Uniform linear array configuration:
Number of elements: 48
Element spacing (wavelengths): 0.25
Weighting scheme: uniform
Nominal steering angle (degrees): -60
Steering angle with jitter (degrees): -58.947
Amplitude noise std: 0.05
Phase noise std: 0.05

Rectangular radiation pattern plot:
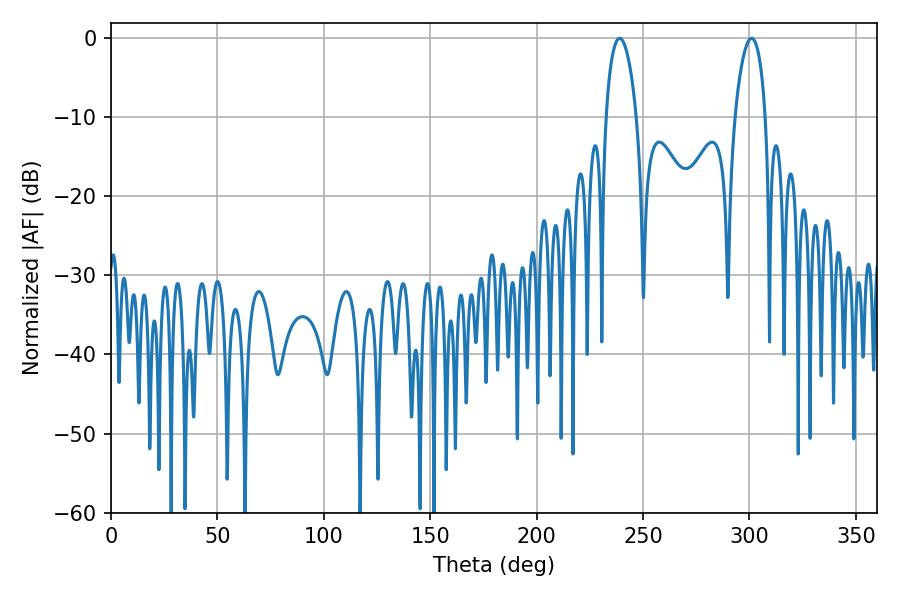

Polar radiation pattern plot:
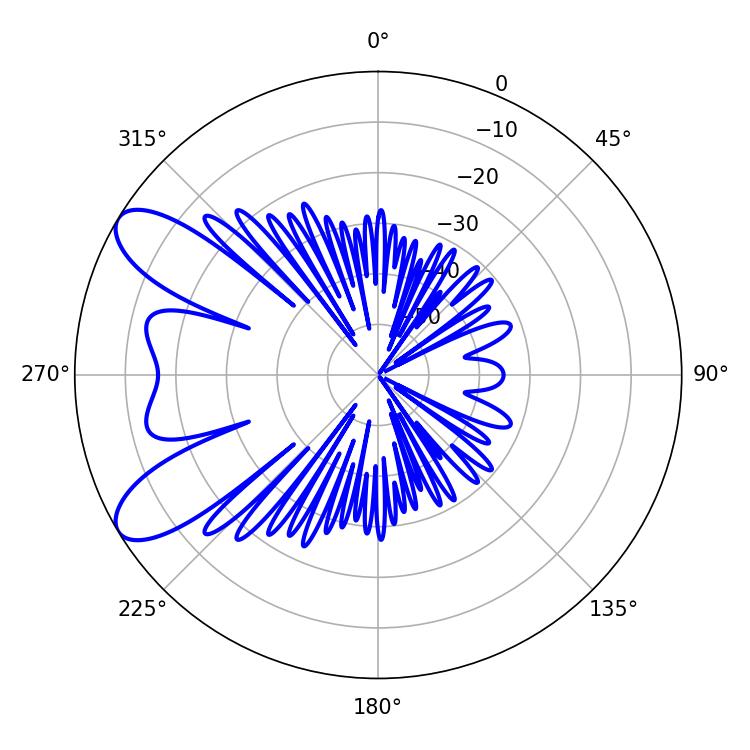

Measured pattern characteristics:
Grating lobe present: FALSE
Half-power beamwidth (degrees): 8.1
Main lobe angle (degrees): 239.04